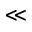
\ll